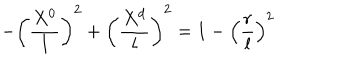
LaTeX: - \left( { \frac { X ^ { 0 } } { l } } \right) ^ { 2 } + \left( { \frac { X ^ { d } } { l } } \right) ^ { 2 } = 1 - \left( { \frac { r } { l } } \right) ^ { 2 }